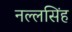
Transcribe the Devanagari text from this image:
नल्लसिंह